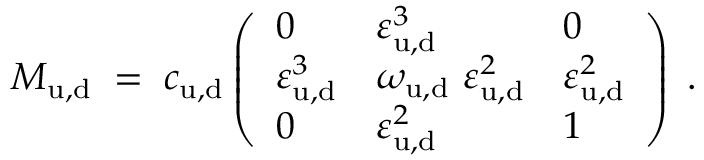
M _ { \mathrm { u , d } } \; = \; c _ { \mathrm { u , d } } \left( \begin{array} { l l l } { { 0 } } & { { \varepsilon _ { \mathrm { u , d } } ^ { 3 } } } & { { 0 } } \\ { { \varepsilon _ { \mathrm { u , d } } ^ { 3 } } } & { { \omega _ { \mathrm { u , d } } ~ \varepsilon _ { \mathrm { u , d } } ^ { 2 } } } & { { \varepsilon _ { \mathrm { u , d } } ^ { 2 } } } \\ { { 0 } } & { { \varepsilon _ { \mathrm { u , d } } ^ { 2 } } } & { { 1 } } \end{array} \right) \; .